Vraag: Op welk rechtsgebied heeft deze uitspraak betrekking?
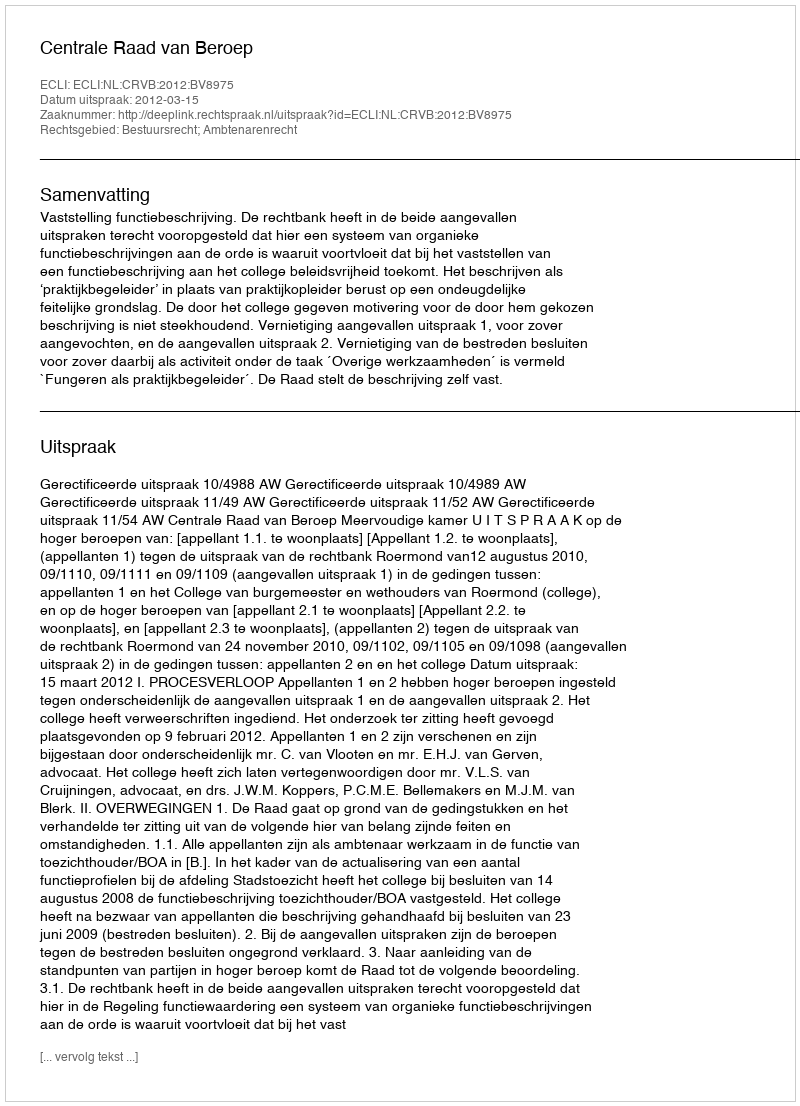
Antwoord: Bestuursrecht; Ambtenarenrecht